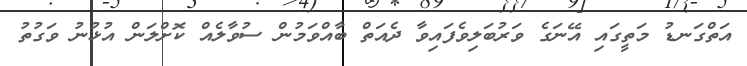
އަތްގަނޑު މަތީގައި އޭނަގެ ވަރުބަލިވެފައިވާ ދެއަތް ބާއްވަމުން ސުވާލެއް ކޮށްލަން އުޅުނު ވަގުތު